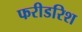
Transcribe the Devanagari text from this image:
फरीडरिश